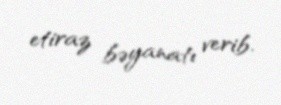
etiraz bəyanatı verib.